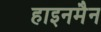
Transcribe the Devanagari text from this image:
हाइनमैन